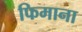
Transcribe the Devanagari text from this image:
फिमाना